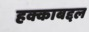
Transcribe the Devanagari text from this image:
हक्काबद्दल